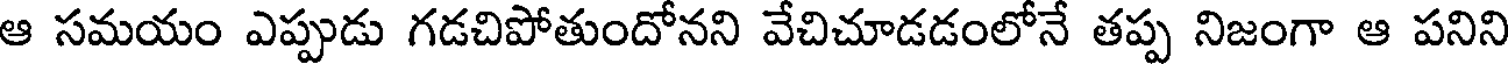
ఆ సమయం ఎప్పుడు గడచిపోతుందోనని వేచిచూడడంలోనే తప్ప నిజంగా ఆ పనిని